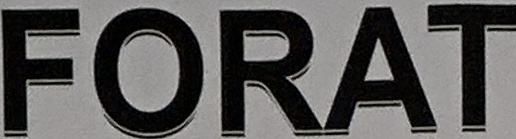
FORAT